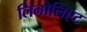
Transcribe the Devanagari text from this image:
लिनोलिएट